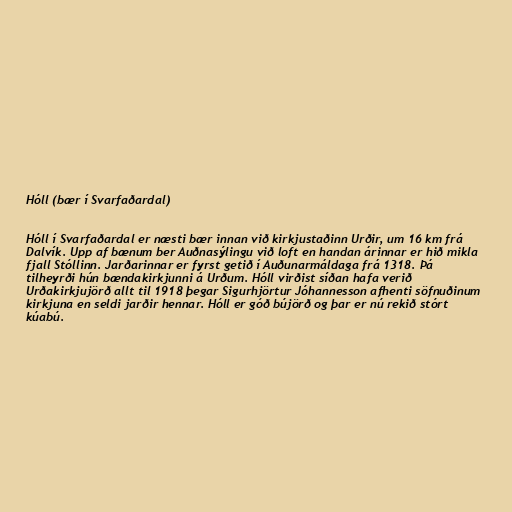
Hóll (bær í Svarfaðardal)

Hóll í Svarfaðardal er næsti bær innan við kirkjustaðinn Urðir, um 16 km frá
Dalvík. Upp af bænum ber Auðnasýlingu við loft en handan árinnar er hið mikla
fjall Stóllinn. Jarðarinnar er fyrst getið í Auðunarmáldaga frá 1318. Þá
tilheyrði hún bændakirkjunni á Urðum. Hóll virðist síðan hafa verið
Urðakirkjujörð allt til 1918 þegar Sigurhjörtur Jóhannesson afhenti söfnuðinum
kirkjuna en seldi jarðir hennar. Hóll er góð bújörð og þar er nú rekið stórt
kúabú.